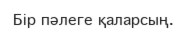
Бір пәлеге қаларсың.